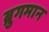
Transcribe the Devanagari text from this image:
ब्रुगमान